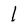
Character: 1